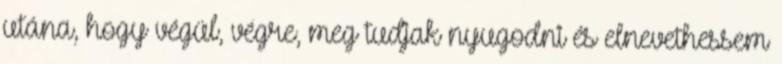
utána, hogy végül, végre, meg tudjak nyugodni és elnevethessem